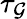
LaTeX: \tau_{\mathcal{G}}